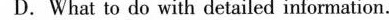
D.What to do with detailed information.